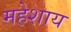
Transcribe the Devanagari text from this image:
महेशाय